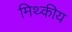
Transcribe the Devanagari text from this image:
मिथ्कीय